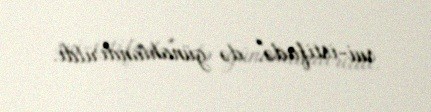
sui-istifadə" də günahlandırıldı.